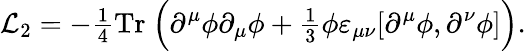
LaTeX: {\cal L}_{2}=-{\textstyle\frac 14}\mathrm{Tr}~\Bigl(\partial^{\mu}\phi\partial_{\mu}\phi+{\textstyle\frac 13}\phi\varepsilon_{\mu\nu}[\partial^{\mu}\phi,\partial^{\nu}\phi]\Bigr).